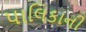
પાલિકાની